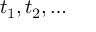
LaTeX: t _ { 1 } , t _ { 2 } , \ldots